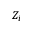
Z _ { i }